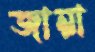
জান্না